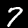
Label: 7